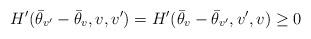
LaTeX: \begin{align*} H'(\bar{\theta}_{v'} - \bar{\theta}_v,v,v') = H'(\bar{\theta}_{v} - \bar{\theta}_{v'},v',v) \geq 0 \end{align*}